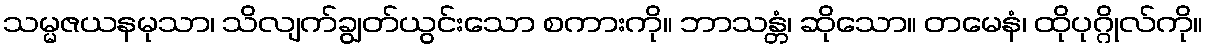
သမ္မဇယနမုသာ၊ သိလျက်ချွတ်ယွင်းသော စကားကို။ ဘာသန္တံ၊ ဆိုသော။ တမေနံ၊ ထိုပုဂ္ဂိုလ်ကို။